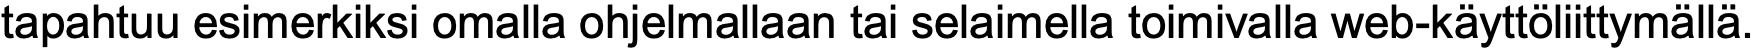
tapahtuu esimerkiksi omalla ohjelmallaan tai selaimella toimivalla web-käyttöliittymällä.